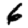
Digit: 6